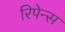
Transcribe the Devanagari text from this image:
रिपेन्स